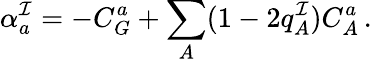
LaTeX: \alpha_{a}^{\mathcal{I}}=-C_{G}^{a}+\sum_{A}(1-2q_{A}^{\mathcal{I}})C_{A}^{a}\, .